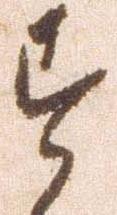
す